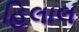
હિલાલ